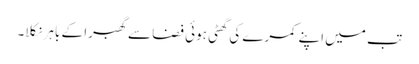
تب میں اپنے کمرے کی گھٹی ہوئی فضا سے گھبرا کے باہر نکلا۔